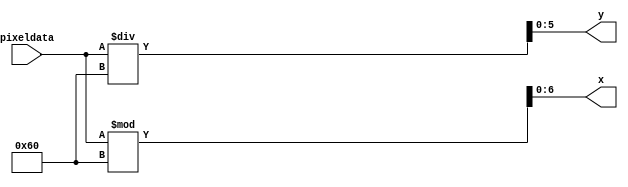
`timescale 1ns / 1ps
// ZERO INDEXED first row is y =0 to 63
// firs col is x =0 to 95
module ToPixel(
    input [12:0] pixeldata,
    output [6:0] x,
    output [5:0] y
    );
    
    assign x = pixeldata%96;
    assign y = pixeldata/96;
endmodule